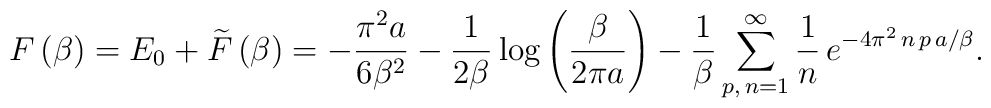
F\left( \beta \right) =E_{0}+\widetilde{F}\left( \beta \right) =-\frac{\pi ^{2}a}{6\beta ^{2}}-\frac{1}{2\beta }\log \left( \frac{\beta }{2\pi a}\right) -\frac{1}{\beta }\sum ^{\infty }_{p,\, n=1}\frac{1}{n}\, e^{-4\pi ^{2}\, n\, p\, a/\beta }.